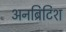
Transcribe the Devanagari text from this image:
अनब्रिटिश